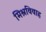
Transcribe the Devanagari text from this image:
मिश्रविवाह